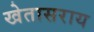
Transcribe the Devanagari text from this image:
खेतासराय